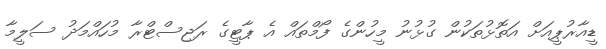
ޑީއާރުޕީއަށް އަތޮޅުތަކުން ގުޅުނު މީހުންގެ ފޯމްތައް އެ ޕާޓީގެ ރަޖިސްޓްރާ މުހައްމަދު ސަލީމާ